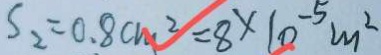
S _ { 2 } = 0 . 8 c m ^ { 2 } = 8 \times 1 0 ^ { - 5 } m ^ { 2 }